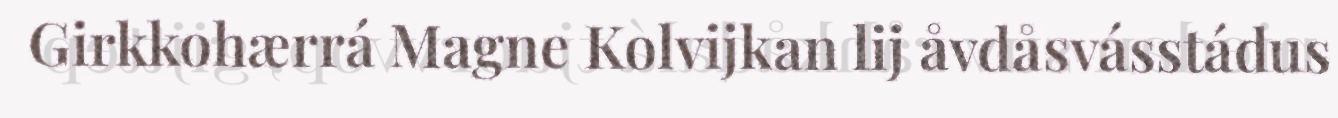
Girkkohærrá Magne Kolvijkan lij åvdåsvásstádus